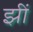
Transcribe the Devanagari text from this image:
झीं